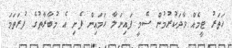
ހަތަރު ޓީމެއް ވާދަކުރުމުން ސެމީ ފައިނަލާ ހަމައިން ފެށި އެ މުބާރާތުގެ ފުރަތަމަ